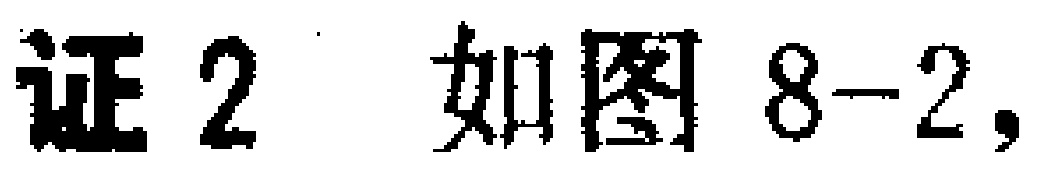
证2 如图8-2,